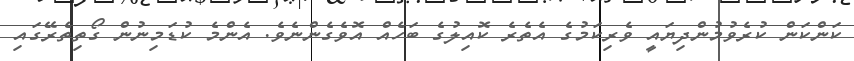
ކަންކަން ކުރެވުމުންދިޔައީ ވެރިކަމުގެ އެތެރެ ކޮއިލުގެ ބަހެއް އޮވެގެންނެވެ. އެންމެ ކުޑަމިނުން ގޯތިތެރޭގައި